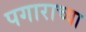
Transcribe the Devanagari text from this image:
पगाराच्या